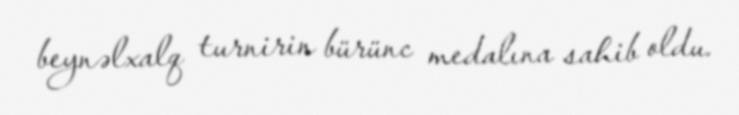
beynəlxalq turnirin bürünc medalına sahib oldu.